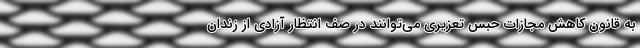
به قانون کاهش مجازات حبس تعزیری می‌توانند در صف انتظار آزادی از زندان